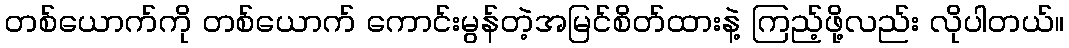
တစ်ယောက်ကို တစ်ယောက် ကောင်းမွန်တဲ့အမြင်စိတ်ထားနဲ့ ကြည့်ဖို့လည်း လိုပါတယ်။